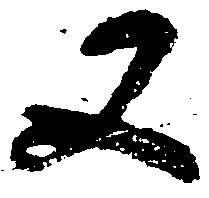
又